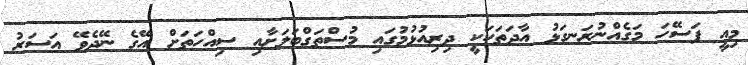
މިއީ ފަސޭހަ މަގެއްނުރަނގަޅު އާދަތަކަކީ ދިރިއުޅުމުގައި މުސްތަގްބަލަށާއި ސިއްހަތަށް އޭގެ ނޭދެވޭ އަސަރު